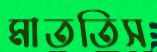
মাততিস